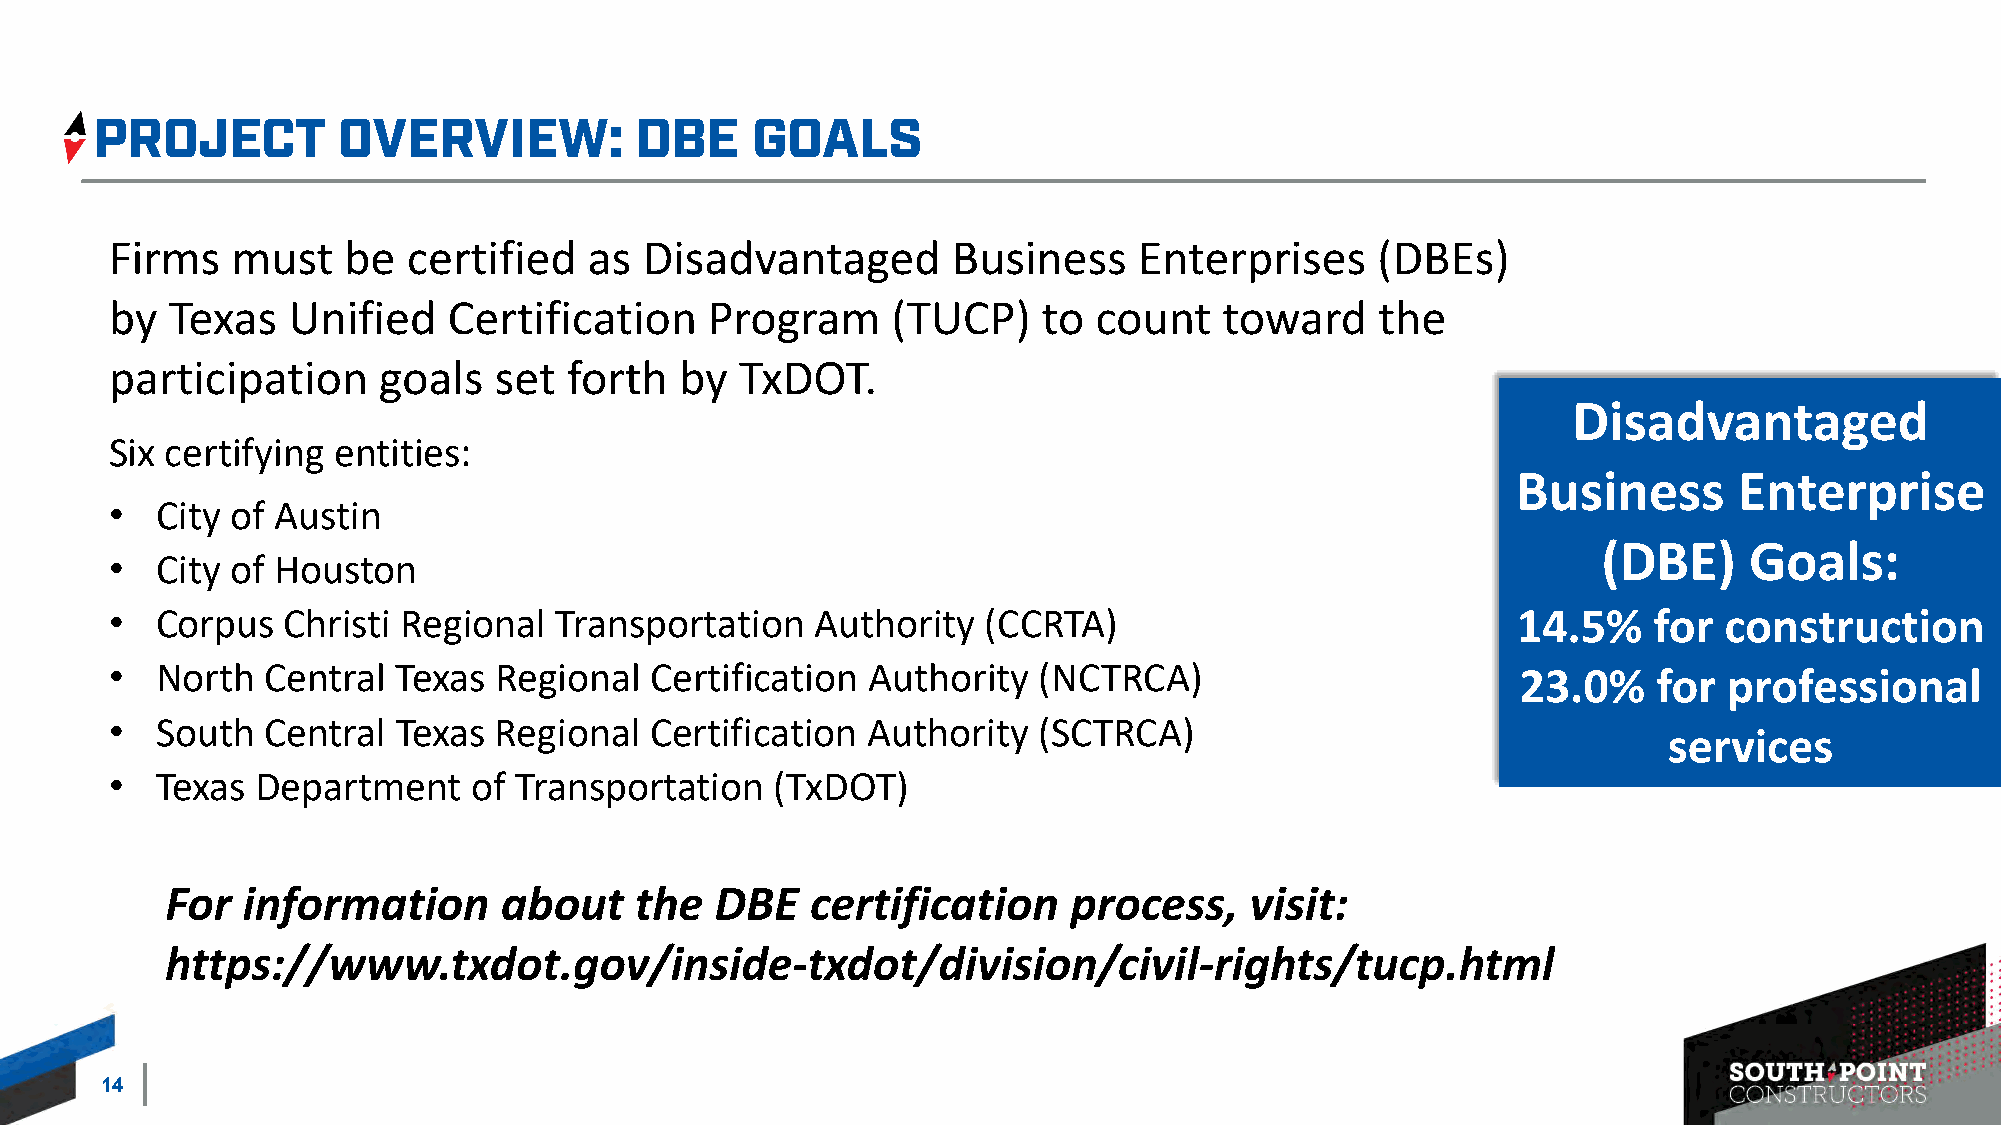
Firms   must    be  certified   as  Disadvantaged       Business    Enterprises     (DBEs)
 by  Texas   Unified    Certification    Program     (TUCP)    to count    toward    the
 participation     goals   set  forth  by  TxDOT.
 Disadvantaged
 Six certifying entities:
 Business       Enterprise
 •  City of Austin
 (DBE)     Goals:
 •  City of Houston
 •  Corpus   Christi Regional  Transportation   Authority  (CCRTA)                            14.5%    for  construction
 •  North  Central  Texas  Regional  Certification Authority   (NCTRCA)                        23.0%    for professional
 •  South  Central  Texas  Regional  Certification Authority   (SCTRCA)
 services
 •  Texas  Department    of Transportation   (TxDOT)
 For  information      about    the  DBE    certification    process,    visit:
 https://www.txdot.gov/inside-txdot/division/civil-rights/tucp.html
 14